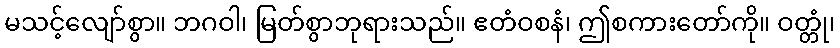
မသင့်လျော်စွာ။ ဘဂဝါ၊ မြတ်စွာဘုရားသည်။ ဧတံဝစနံ၊ ဤစကားတော်ကို။ ဝတ္တုံ၊